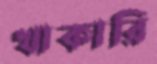
খাকারি